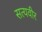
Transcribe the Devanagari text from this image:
सत्यवीर